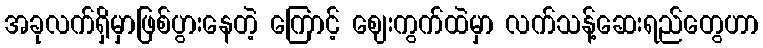
အခုလက်ရှိမှာဖြစ်ပွားနေတဲ့ ကြောင့် ဈေးကွက်ထဲမှာ လက်သန့်ဆေးရည်တွေဟာ